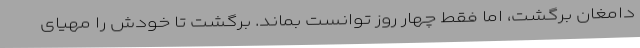
دامغان برگشت، اما فقط چهار روز توانست بماند. برگشت تا خودش را مهیای